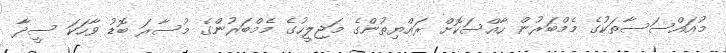
މުއައްސަސާތަކުގެ މެމްބަރުން ހާއްސަކޮށް ރައްޔިތުންގެ މަޖިލީހުގެ މެމްބަރުންގެ މުސާރަ ބޮޑު ވާހަކަ ސީދާ